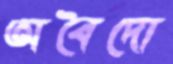
অবৈদো